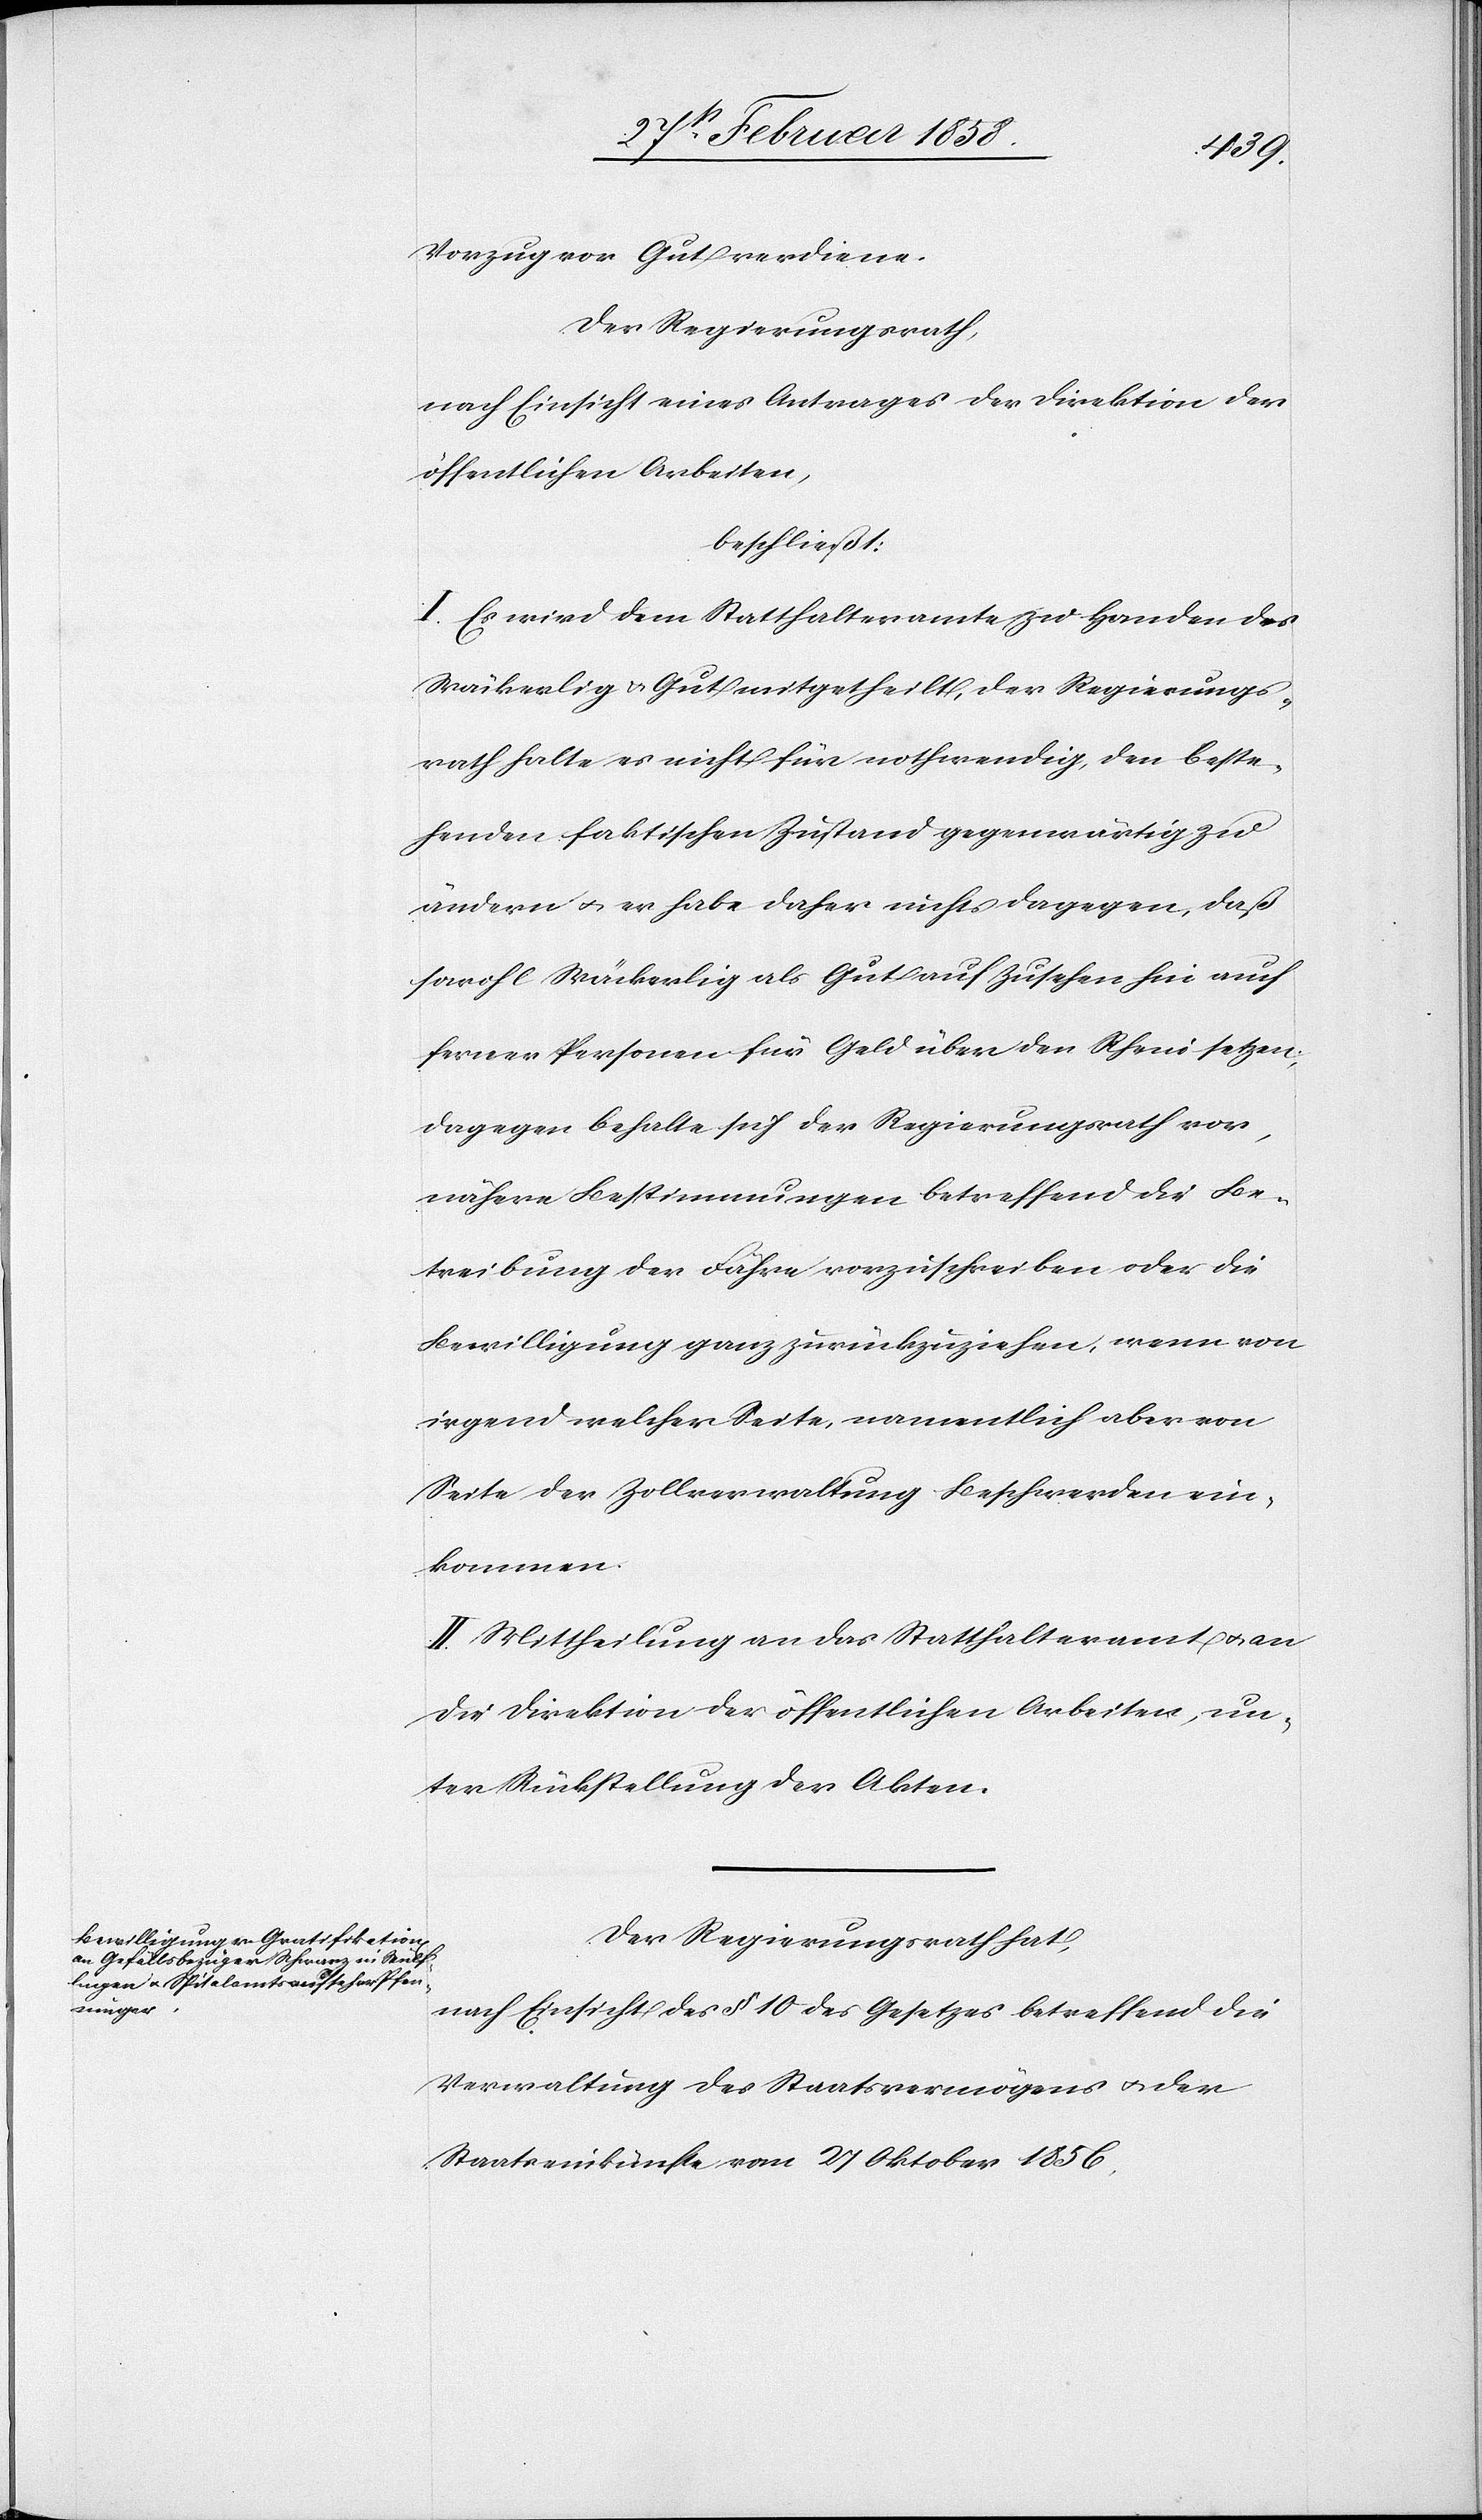
Vorzug vor Gut verdiene.
Der Regierungsrath,
nach Einsicht eines Antrages der Direktion der
öffentlichen Arbeiten,
beschließt:
I. Es wird dem Statthalteramte zu Handen des
Wäckerlig u. Gut mitgetheilt, der Regierungs¬
rath halte es nicht für nothwendig, den beste¬
henden faktischen Zustand gegenwärtig zu
ändern u. er habe daher nichts dagegen, daß
sowohl Wäckerlig als Gut auf Zusehen hin auch
ferner Personen für Geld über den Rhein setzen;
dagegen behalte sich der Regierungsrath vor,
nähere Bestimmungen betreffend die Be¬
treibung der Fähre vorzuschreiben oder die
Bewilligung ganz zurückzuziehen, wenn von
irgend welcher Seite, namentlich aber von
Seite der Zollverwaltung Beschwerden ein¬
kommen.
II. Mittheilung an das Statthalteramt u. an
die Direktion der öffentlichen Arbeiten, un¬
ter Rückstellung der Akten.
Der Regierungsrath hat,
nach Einsicht des § 10 des Gesetzes betreffend die
Verwaltung des Staatsvermögens u. der
Staatseinkünfte vom 27 Oktober 1856,